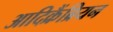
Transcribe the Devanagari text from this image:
आदिक्रैंब्रियन